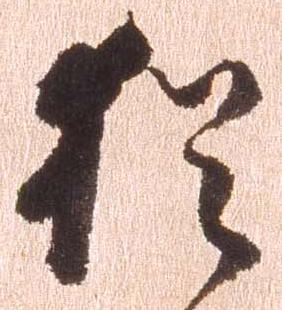
猶